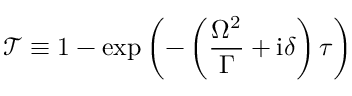
\mathcal { T } \equiv 1 - \exp \left( - \left( \frac { \Omega ^ { 2 } } { \Gamma } + \mathrm { i } \delta \right) \tau \right)